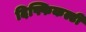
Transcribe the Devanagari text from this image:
दिफ्फिकल्टी